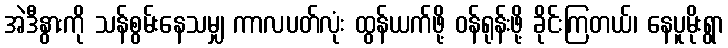
အဲဒီနွားကို သန်စွမ်းနေသမျှ ကာလပတ်လုံး ထွန်ယက်ဖို့ ဝန်ရုန်းဖို့ ခိုင်းကြတယ်၊ နေပူမိုးရွာ